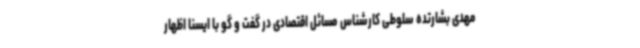
مهدی بشارتده سلوطی کارشناس مسائل اقتصادی در گفت و گو با ایسنا اظهار